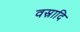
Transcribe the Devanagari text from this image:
वस्रादि